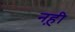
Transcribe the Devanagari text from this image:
नह़ी